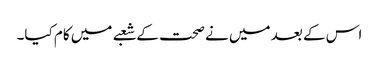
اس کے بعد میں نے صحت کے شعبے میں کام کیا۔